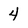
Character: 4